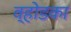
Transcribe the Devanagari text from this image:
व्होडका